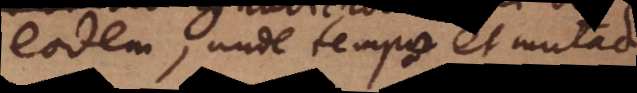
eodem, unde tempus et mutatio